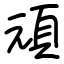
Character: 頑